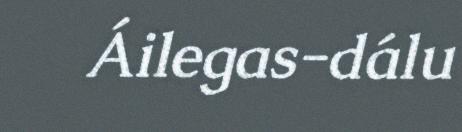
Áilegas-dálu